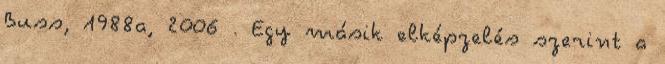
Buss, 1988a, 2006 . Egy másik elképzelés szerint a